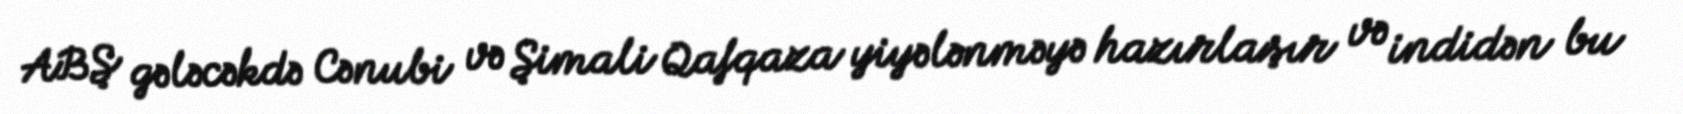
ABŞ gələcəkdə Cənubi və Şimali Qafqaza yiyələnməyə hazırlaşır və indidən bu